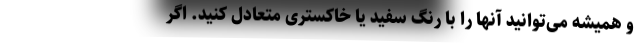
و همیشه می‌توانید آنها را با رنگ سفید یا خاکستری متعادل کنید. اگر